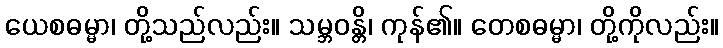
ယေစဓမ္မာ၊ တို့သည်လည်း။ သမ္ဘဝန္တိ၊ ကုန်၏။ တေစဓမ္မာ၊ တို့ကိုလည်း။